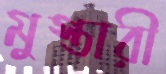
মুস্তারী